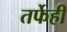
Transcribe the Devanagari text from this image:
तर्फेही